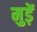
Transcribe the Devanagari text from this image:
मुड़ें